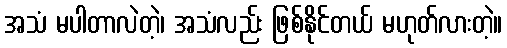
အသံ မပါတာလဲတဲ့၊ အသံလည်း ဖြစ်နိုင်တယ် မဟုတ်လားတဲ့။